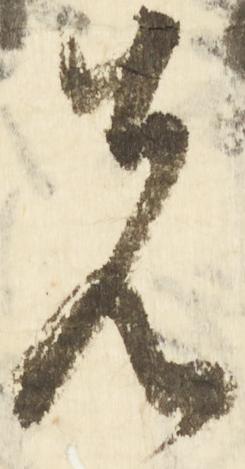
先